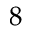
8